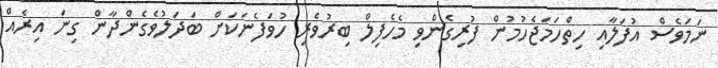
ނަމަވެސް އުފަލާއި ހިތްހަމަޖެހުމުން ފުރިގެންވި މެހެފިލް ބިރުވެރި ހުވަފެނަކަށް ބަދަލުވެގެންދާން ގިނަ އިރެއް